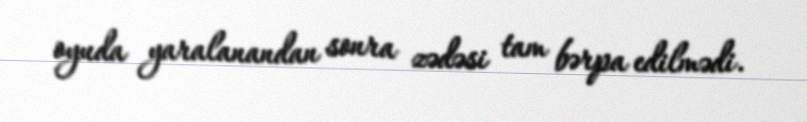
oyuda yaralanandan sonra zədəsi tam bərpa edilmədi.